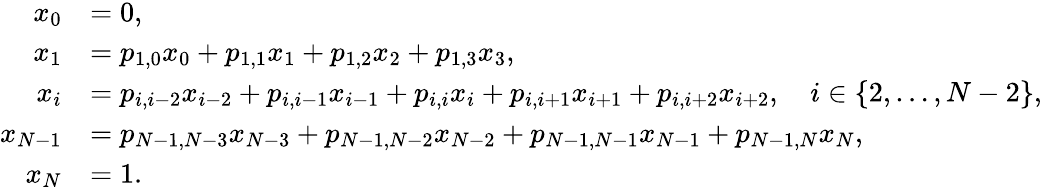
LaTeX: \begin{array}{rl}{x_{0}}&{=0,}\\ {x_{1}}&{=p_{1,0}x_{0}+p_{1,1}x_{1}+p_{1,2}x_{2}+p_{1,3}x_{3},}\\ {x_{i}}&{=p_{i,i-2}x_{i-2}+p_{i,i-1}x_{i-1}+p_{i,i}x_{i}+p_{i,i+1}x_{i+1}+p_{i,i+2}x_{i+2},\quad i\in\{ 2,\ldots,N-2\} ,}\\ {x_{N-1}}&{=p_{N-1,N-3}x_{N-3}+p_{N-1,N-2}x_{N-2}+p_{N-1,N-1}x_{N-1}+p_{N-1,N}x_{N},}\\ {x_{N}}&{=1.}\end{array}